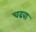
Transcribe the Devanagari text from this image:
चढवा